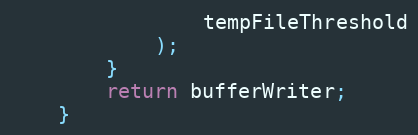
Language: Java
				tempFileThreshold
			);
		}
		return bufferWriter;
	}